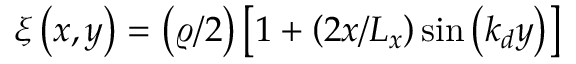
\xi \left( x , y \right) = \left( \varrho / 2 \right) \left[ 1 + \left( 2 x / L _ { x } \right) \sin \left( k _ { d } y \right) \right]